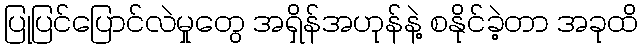
ပြုပြင်ပြောင်လဲမှုတွေ အရှိန်အဟုန်နဲ့ စနိုင်ခဲ့တာ အခုထိ